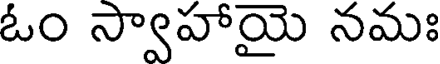
ఓం స్వాహాయై నమః